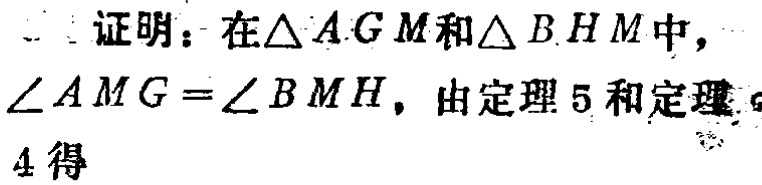
证明：在$\triangle AGM$和$\triangle BHM$中，
$\angle AMG = \angle BMH$，由定理5和定理
4得